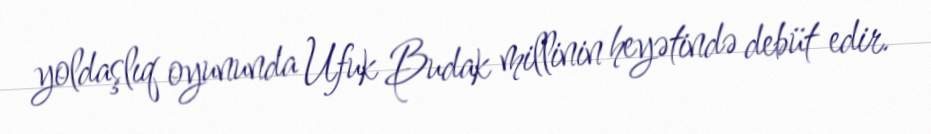
yoldaşlıq oyununda Ufuk Budak millinin heyətində debüt edir.